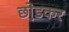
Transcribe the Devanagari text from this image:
छो़डकर